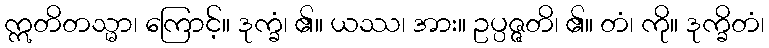
ဣတိတသ္မာ၊ ကြောင့်။ ဒုက္ခံ၊ ၏။ ယဿ၊ အား။ ဥပ္ပဇ္ဇတိ၊ ၏။ တံ၊ ကို။ ဒုက္ခိတံ၊